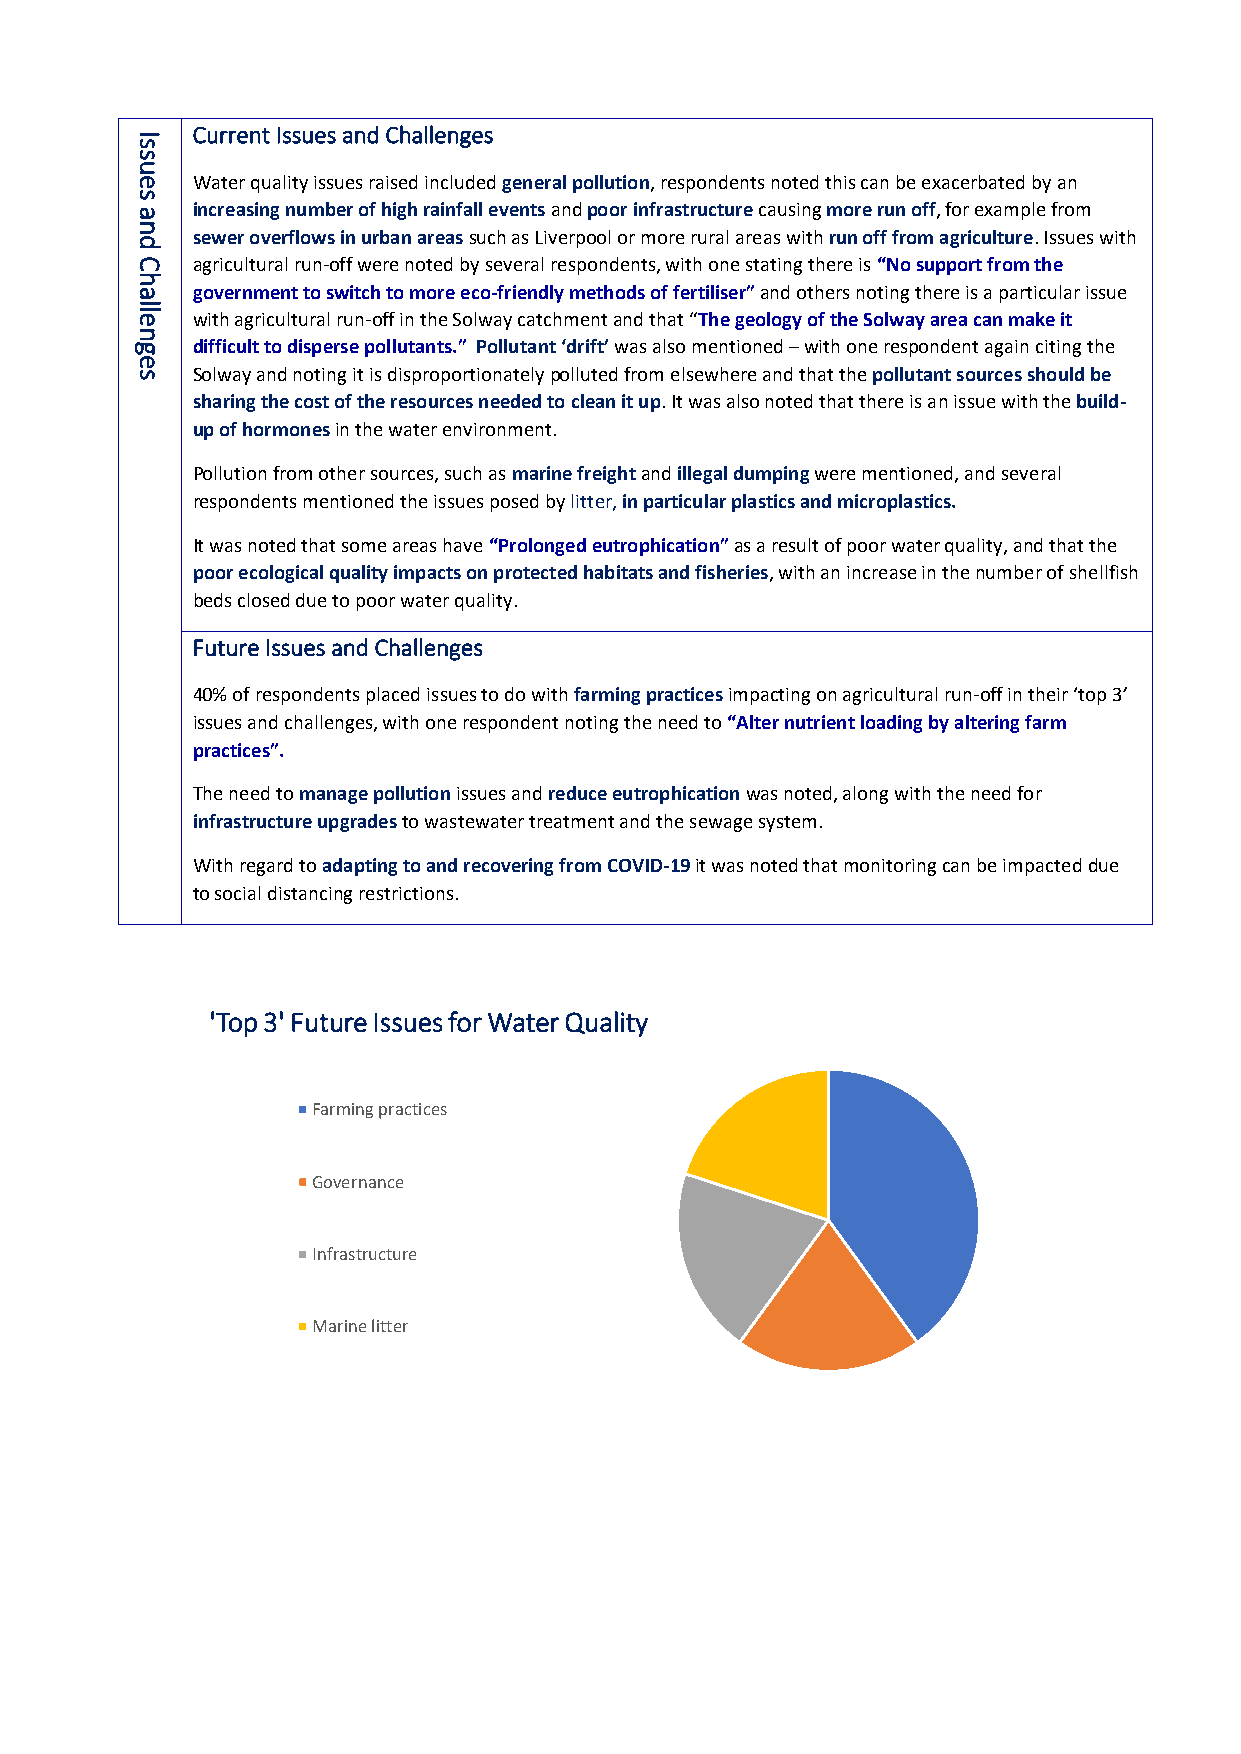
Current Issues and Challenges
 I
 s
 s
 u
 e   Water quality issues raised included general pollution, respondents noted this can be exacerbated by an
 s
 a   increasing number of high rainfall events and poor infrastructure causing more run off, for example from
 n
 sewer overflows in urban areas such as Liverpool or more rural areas with run off from agriculture. Issues with
 d
 C   agricultural run-off were noted by several respondents, with one stating there is “No support from the
 h
 a   government to switch to more eco-friendly methods of fertiliser” and others noting there is a particular issue
 lle
 with agricultural run-off in the Solway catchment and that “The geology of the Solway area can make it
 n
 g   difficult to disperse pollutants.” Pollutant ‘drift’ was also mentioned – with one respondent again citing the
 e
 s   Solway and noting it is disproportionately polluted from elsewhere and that the pollutant sources should be
 sharing the cost of the resources needed to clean it up. It was also noted that there is an issue with the build-
 up of hormones in the water environment.
 Pollution from other sources, such as marine freight and illegal dumping were mentioned, and several
 respondents mentioned the issues posed by litter, in particular plastics and microplastics.
 It was noted that some areas have “Prolonged eutrophication” as a result of poor water quality, and that the
 poor ecological quality impacts on protected habitats and fisheries, with an increase in the number of shellfish
 beds closed due to poor water quality.
 Future Issues and Challenges
 40% of respondents placed issues to do with farming practices impacting on agricultural run-off in their ‘top 3’
 issues and challenges, with one respondent noting the need to “Alter nutrient loading by altering farm
 practices”.
 The need to manage pollution issues and reduce eutrophication was noted, along with the need for
 infrastructure upgrades to wastewater treatment and the sewage system.
 With regard to adapting to and recovering from COVID-19 it was noted that monitoring can be impacted due
 to social distancing restrictions.
 'Top 3' Future Issues for Water Quality
 Farming practices
 Governance
 Infrastructure
 Marine litter